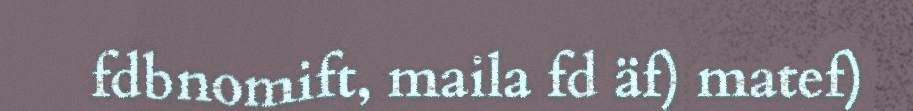
fdbnomift, maila fd äf) matef)